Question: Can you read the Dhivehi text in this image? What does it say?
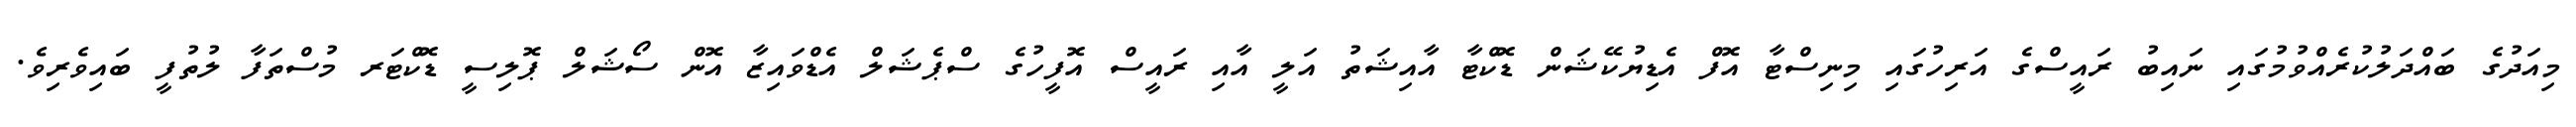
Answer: މިއަދުގެ ބައްދަލުކުރެއްވުމުގައި ނައިބު ރައީސްގެ އަރިހުގައި މިނިސްޓާ އޮފް އެޑިޔުކޭޝަން ޑޮކްޓާ އާއިޝަތު އަލީ އާއި ރައީސް އޮފީހުގެ ސްޕެޝަލް އެޑްވައިޒާ އޮން ސޯޝަލް ޕޮލިސީ ޑޮކްޓަރ މުސްތަފާ ލުތުފީ ބައިވެރިވެ.